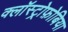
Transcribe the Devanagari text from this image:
क्लॉस्ट्रोफ़ोबिया